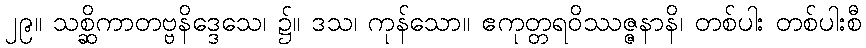
၂၉။ သစ္ဆိကာတဗ္ဗနိဒ္ဒေသေ၊ ၌။ ဒသ၊ ကုန်သော။ ဧကုတ္တရဝိဿဇ္ဇနာနိ၊ တစ်ပါး တစ်ပါးစီ